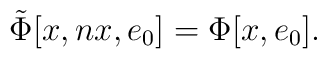
\tilde{\Phi}\lbrack x,nx,e\sb{0}\rbrack=\Phi\lbrack x,e\sb{0}\rbrack.